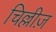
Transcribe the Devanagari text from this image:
चिल्लीज़